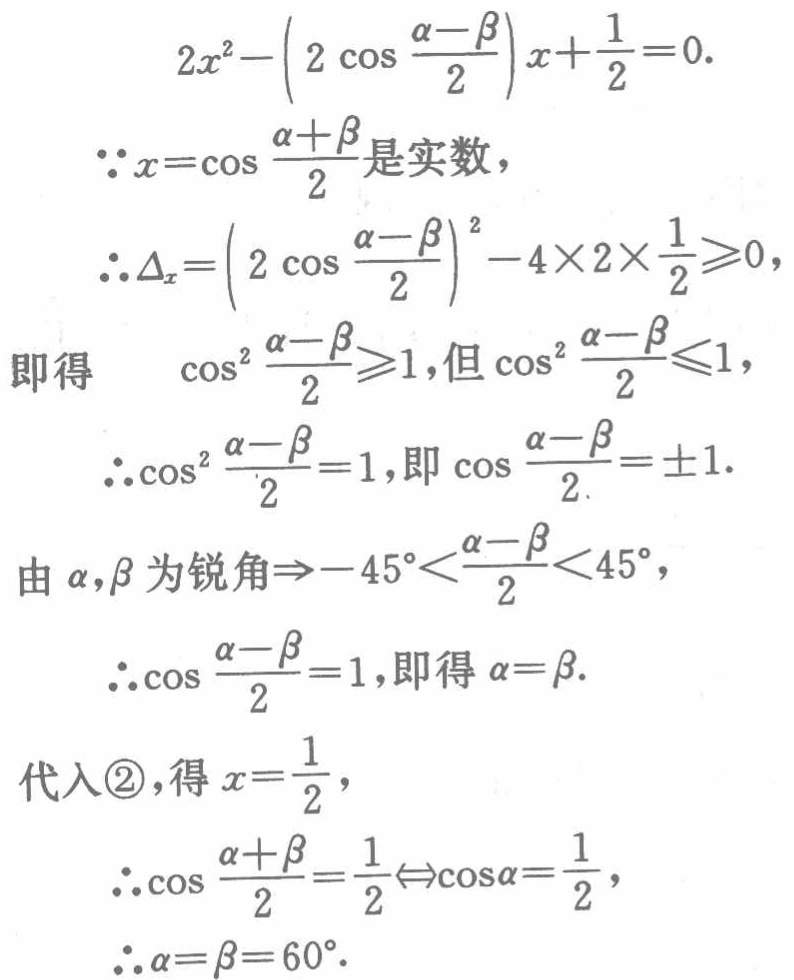
\[

\begin{align*}

&2x^{2}-\left(2\cos\frac{\alpha - \beta}{2}\right)x+\frac{1}{2}=0.\\

&\because x = \cos\frac{\alpha+\beta}{2}\text{是实数},\\

&\therefore\Delta_{x}=\left(2\cos\frac{\alpha - \beta}{2}\right)^{2}-4\times2\times\frac{1}{2}\geqslant0,\\

&\text{即得}\quad\cos^{2}\frac{\alpha - \beta}{2}\geqslant1,\text{但}\cos^{2}\frac{\alpha - \beta}{2}\leqslant1,\\

&\therefore\cos^{2}\frac{\alpha - \beta}{2}=1,\text{即}\cos\frac{\alpha - \beta}{2}=\pm1.\\

&\text{由}\alpha,\beta\text{为锐角}\Rightarrow - 45^{\circ}<\frac{\alpha - \beta}{2}<45^{\circ},\\

&\therefore\cos\frac{\alpha - \beta}{2}=1,\text{即得}\alpha=\beta.\\

&\text{代入\textcircled{2}，得}x = \frac{1}{2},\\

&\therefore\cos\frac{\alpha+\beta}{2}=\frac{1}{2}\Leftrightarrow\cos\alpha=\frac{1}{2},\\

&\therefore\alpha=\beta = 60^{\circ}.

\end{align*}

\]